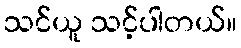
သင်ယူ သင့်ပါတယ်။